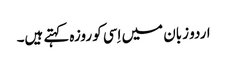
اردو زبان میں اِسی کو روزہ کہتے ہیں۔